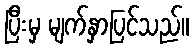
ပြီးမှ မျက်နှာပြင်သည်။